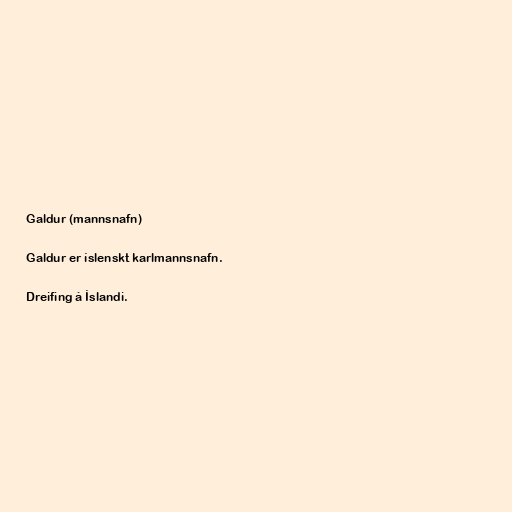
Galdur (mannsnafn)

Galdur er íslenskt karlmannsnafn.

Dreifing á Íslandi.